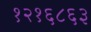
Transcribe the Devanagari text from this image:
१२१६८६३